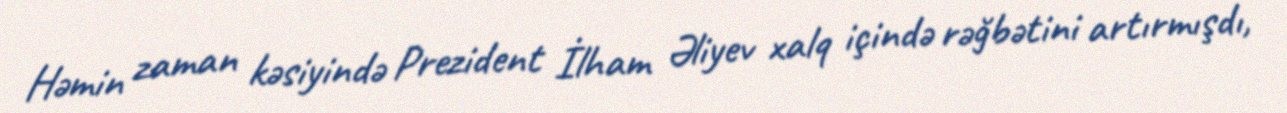
Həmin zaman kəsiyində Prezident İlham Əliyev xalq içində rəğbətini artırmışdı,